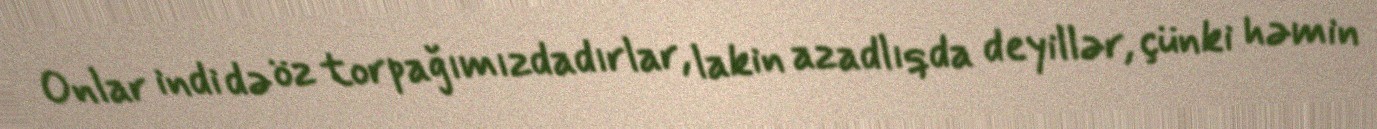
Onlar indi də öz torpağımızdadırlar, lakin azadlıqda deyillər, çünki həmin